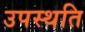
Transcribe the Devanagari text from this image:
उपस्थति